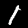
Digit: 1